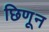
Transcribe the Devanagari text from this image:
छिणून